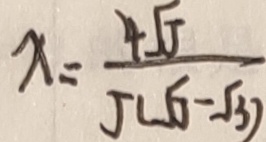
x = \frac { 4 J } { J ( J - 3 ) }